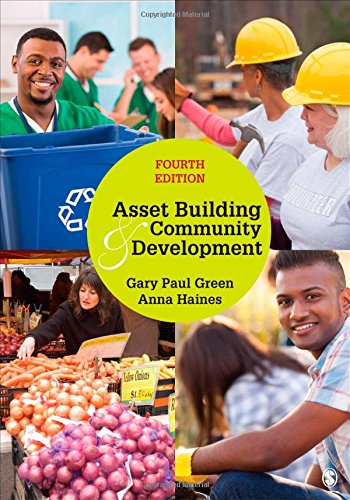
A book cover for Asset Building & Community Development; Gary P. (Paul) Green; Business & Money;